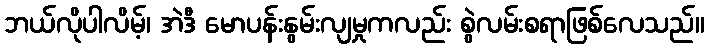
ဘယ်လိုပါလိမ့်၊ အဲဒီ မောပန်းနွမ်းလျမှုကလည်း စွဲလမ်းစရာဖြစ်လေသည်။